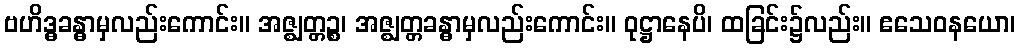
ဗဟိဒ္ဓခန္ဓာမှလည်းကောင်း။ အဇ္ဈတ္တဉ္စ၊ အဇ္ဈတ္တခန္ဓာမှလည်းကောင်း။ ဝုဋ္ဌာနေပိ၊ ထခြင်း၌လည်း။ ဧသေဝနယော၊